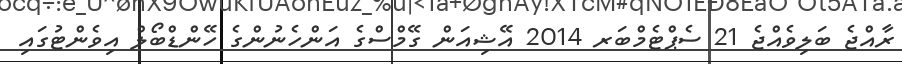
ރާއްޖެ ބަލިވެއްޖެ 21 ސެޕްޓެމްބަރ 2014 އޭޝިއަން ގޭމްސްގެ އަންހެނުންގެ ހޭންޑްބޯލް އިވެންޓުގައި